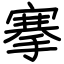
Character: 搴